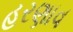
હરણાવ